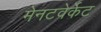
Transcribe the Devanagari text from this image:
मेनटवेर्केट